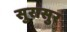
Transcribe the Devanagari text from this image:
सुरासुर